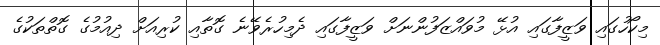
މިކޯހުގައި ވަޒީފާގައި އުޅޭ މުވައްޒަފުންނަށް ވަޒީފާގައި ދެމިހުރެވޭނެ ގޮތާއި ކުރިއަށް ދިއުމުގެ ގޮތްތަކުގެ